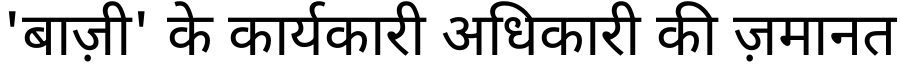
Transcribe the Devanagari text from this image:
'बाज़ी' के कार्यकारी अधिकारी की ज़मानत